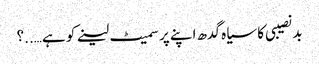
بد نصیبی کا سیاہ گدھ اپنے پر سمیٹ لینے کو ہے…..؟